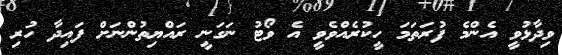
ވިދާޅުވީ އެންމެ ފުރަތަމަ ހީކުރެއްވެވީ އެ ވޯޓު ނަގަނީ ރައްޔިތުންނަށް ފައިދާ ހުރި